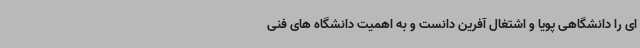
ای را دانشگاهی پویا و اشتغال آفرین دانست و به اهمیت دانشگاه های فنی